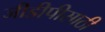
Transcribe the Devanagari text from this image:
जीडीपीसाठी